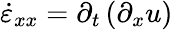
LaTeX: \dot{\varepsilon}_{xx}=\partial_{t}\left(\partial_{x}u\right)